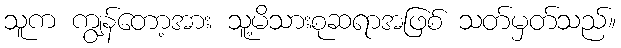
သူက ကျွန်တော့အား သူ့မိသားစုဆရာအဖြစ် သတ်မှတ်သည်။